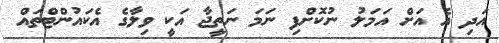
އަދި އެ އަށް އަމަލު ނުކޮށްފި ނަމަ ނަތީޖާ އަކީ ވިލާގެ އެކައުންޓްތައް